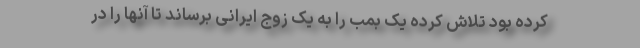
کرده بود تلاش کرده یک بمب را به یک زوج ایرانی برساند تا آنها را در